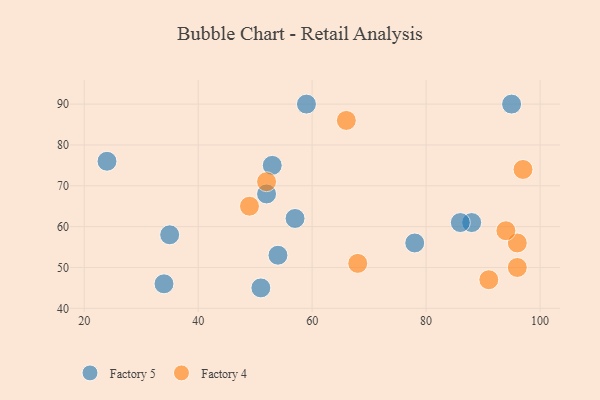
{"axis": {"x": "GDP", "y": "Life Expectancy"}, "legend": ["Factory 4", "Factory 5"], "data": [{"x": "51", "y": 45, "type": "Factory 5"}, {"x": "78", "y": 56, "type": "Factory 5"}, {"x": "54", "y": 53, "type": "Factory 5"}, {"x": "35", "y": 58, "type": "Factory 5"}, {"x": "88", "y": 61, "type": "Factory 5"}, {"x": "53", "y": 75, "type": "Factory 5"}, {"x": "59", "y": 90, "type": "Factory 5"}, {"x": "34", "y": 46, "type": "Factory 5"}, {"x": "95", "y": 90, "type": "Factory 5"}, {"x": "57", "y": 62, "type": "Factory 5"}, {"x": "24", "y": 76, "type": "Factory 5"}, {"x": "52", "y": 68, "type": "Factory 5"}, {"x": "86", "y": 61, "type": "Factory 5"}, {"x": "66", "y": 86, "type": "Factory 4"}, {"x": "96", "y": 56, "type": "Factory 4"}, {"x": "97", "y": 74, "type": "Factory 4"}, {"x": "68", "y": 51, "type": "Factory 4"}, {"x": "91", "y": 47, "type": "Factory 4"}, {"x": "94", "y": 59, "type": "Factory 4"}, {"x": "96", "y": 50, "type": "Factory 4"}, {"x": "52", "y": 71, "type": "Factory 4"}, {"x": "49", "y": 65, "type": "Factory 4"}]}